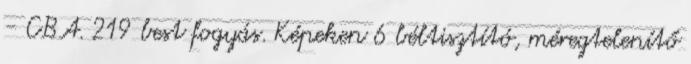
- CBA. 219 best fogyás. Képeken 6 béltisztító, méregtelenítő